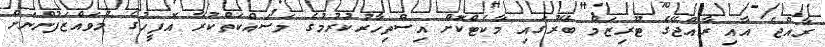
ރާއްޖެ އާއި ރާއްޖޭގެ ޓޫރިޒަމް ބޭރުގައި މާކެޓްކޮށް އިސްތިހާރުކުރުމުގެ މަސައްކަތްކުރާ އޮފީހުގެ މުވައްޒަފުންނަަށް